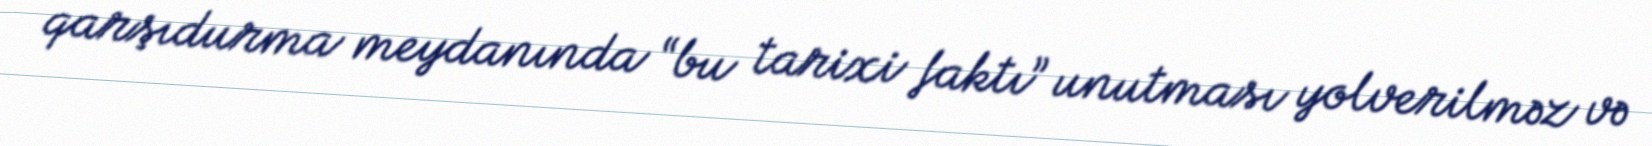
qarşıdurma meydanında “bu tarixi faktı” unutması yolverilməz və